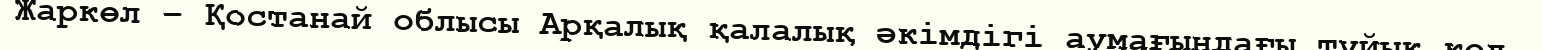
Жаркөл – Қостанай облысы Арқалық қалалық әкімдігі аумағындағы тұйық көл.